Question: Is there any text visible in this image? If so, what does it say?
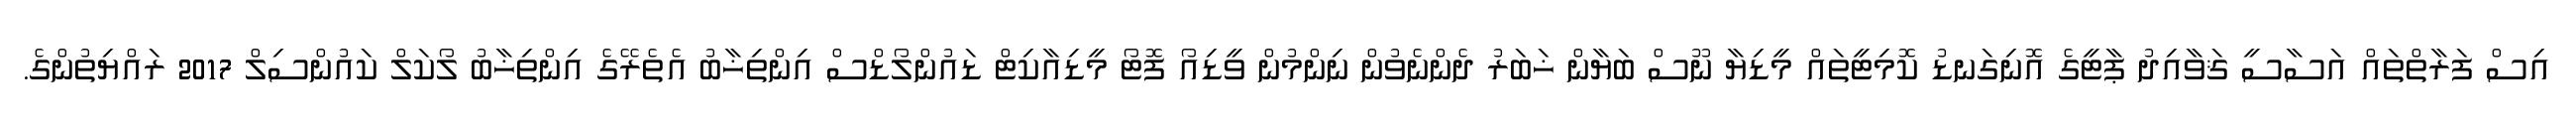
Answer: އިސް ފަރާތްތައް އަސާސީ ޤަވާއިދު ޕާޓީގެ އޮނިގަނޑު ކޮމިޓީތައް މީޑިޔާ ނޫސް ބަޔާން ޚަބަރު ދެންނެވުން ނިންމުން ވީޑިއޯ ފޮޓޯ މީޑިއާކިޓް ޑައުންލޯޑްސް އިންތިޚާބު އެތެރޭގެ އިންތިޚާބު ލޯކަލް ކައުންސިލް 2017 ރައްޔިތުންގެ.